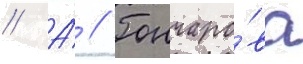
// А́ // Гончаро́ва